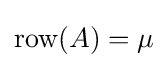
\mathrm {row} (A)=\mu